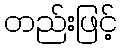
တည်းဖြင့်